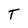
Character: T